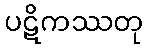
ပဋိကဿတု